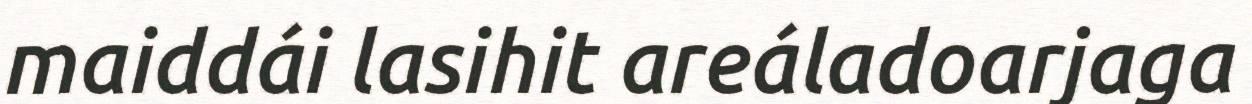
maiddái lasihit areáladoarjaga